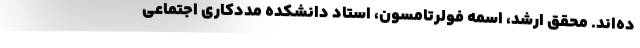
ده‌اند. محقق ارشد، اسمه فولرتامسون، استاد دانشکده مددکاری اجتماعی